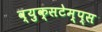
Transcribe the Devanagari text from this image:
व्युक्सटेम्प्स